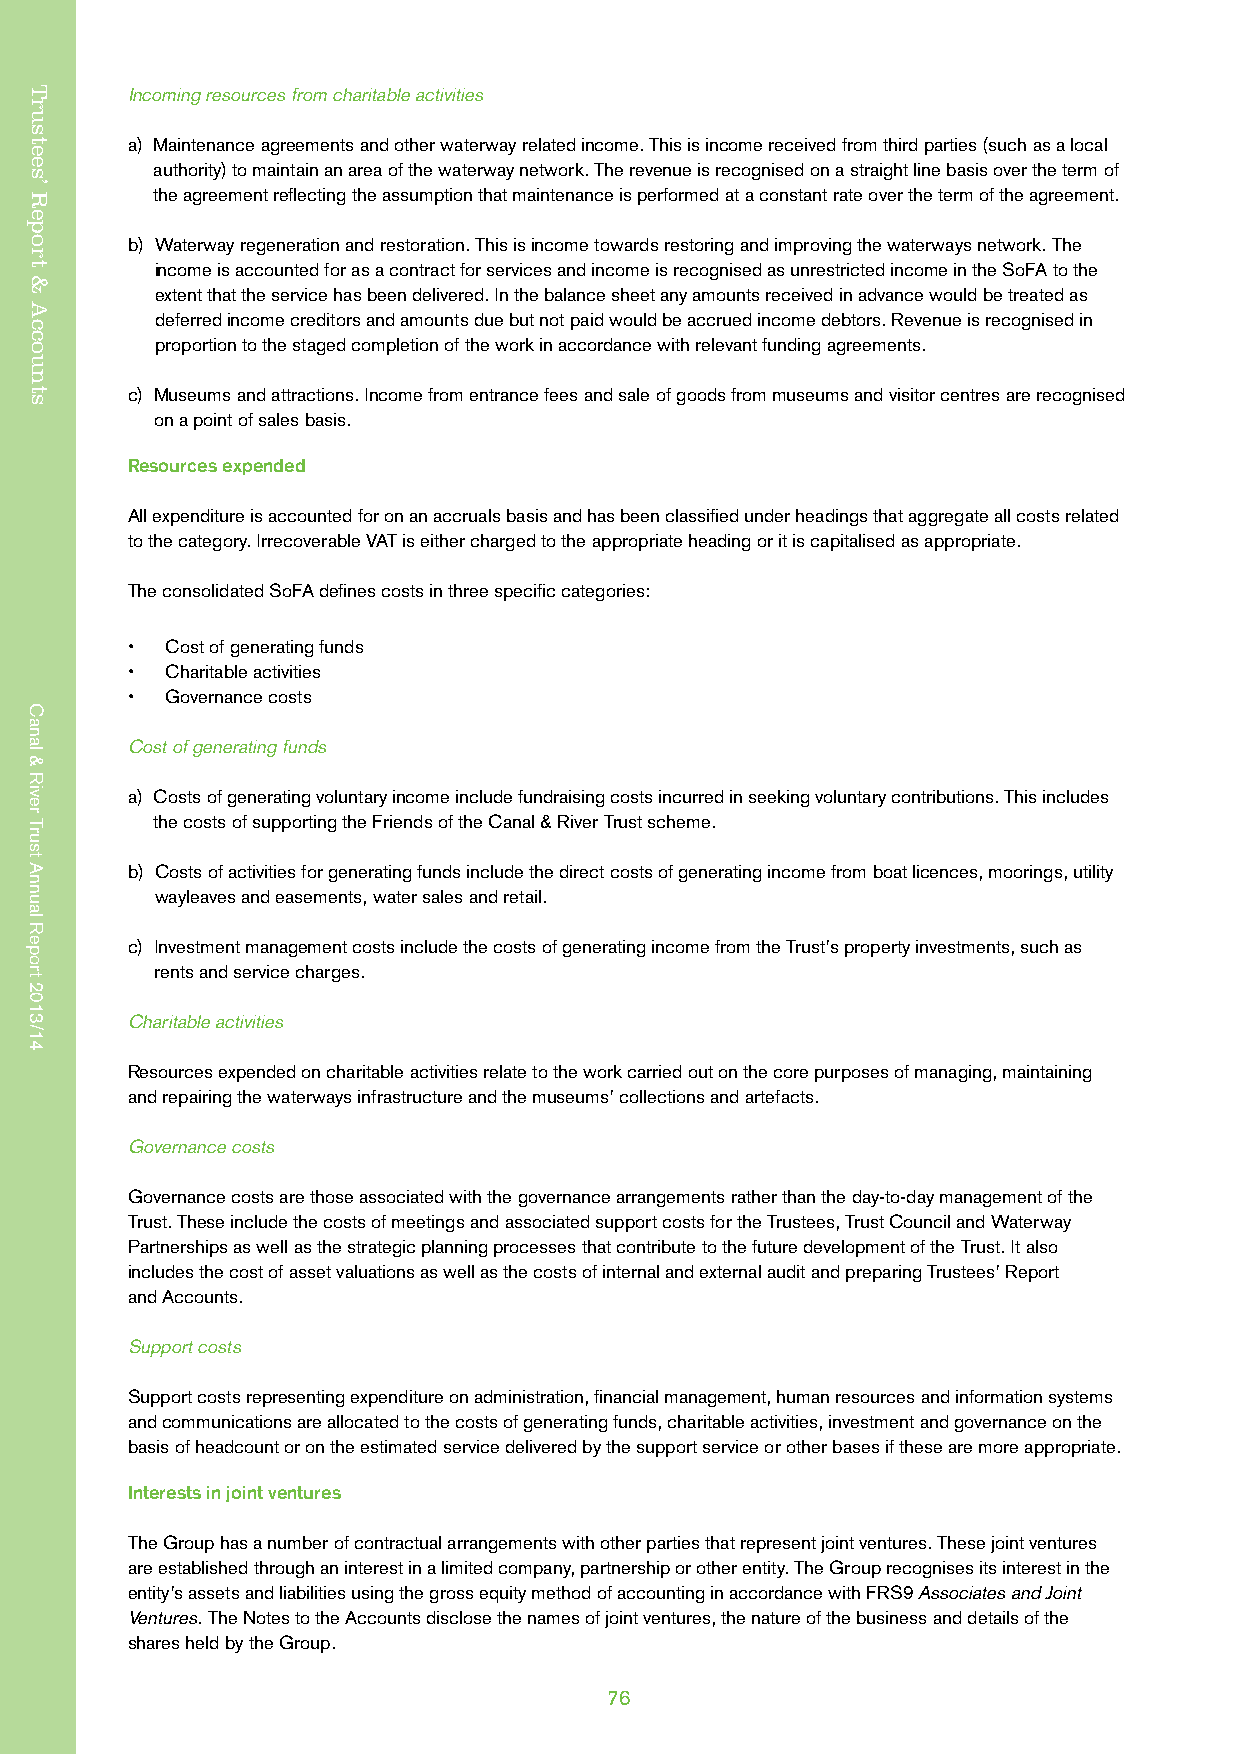
Trustees’ Report & Accounts
 Incoming resources from charitable activities
 a) Maintenance agreements and other waterway related income. This is income received from third parties (such as a local
 authority) to maintain an area of the waterway network. The revenue is recognised on a straight line basis over the term of
 the agreement reflecting the assumption that maintenance is performed at a constant rate over the term of the agreement.
 b) Waterway regeneration and restoration. This is income towards restoring and improving the waterways network. The
 income is accounted for as a contract for services and income is recognised as unrestricted income in the SoFA to the
 extent that the service has been delivered. In the balance sheet any amounts received in advance would be treated as
 deferred income creditors and amounts due but not paid would be accrued income debtors. Revenue is recognised in
 proportion to the staged completion of the work in accordance with relevant funding agreements.
 c) Museums and attractions. Income from entrance fees and sale of goods from museums and visitor centres are recognised
 on a point of sales basis.
 Resources expended
 All expenditure is accounted for on an accruals basis and has been classified under headings that aggregate all costs related
 to the category. Irrecoverable VAT is either charged to the appropriate heading or it is capitalised as appropriate.
 The consolidated SoFA defines costs in three specific categories:
 •  Cost of generating funds
 •  Charitable activities
 •  Governance costs
 Cost of generating funds
 a) Costs of generating voluntary income include fundraising costs incurred in seeking voluntary contributions. This includes
 the costs of supporting the Friends of the Canal & River Trust scheme.
 b) Costs of activities for generating funds include the direct costs of generating income from boat licences, moorings, utility
 wayleaves and easements, water sales and retail.
 c) Investment management costs include the costs of generating income from the Trust’s property investments, such as
 rents and service charges.
 Charitable activities
 Resources expended on charitable activities relate to the work carried out on the core purposes of managing, maintaining
 and repairing the waterways infrastructure and the museums’ collections and artefacts.
 Governance costs
 Governance costs are those associated with the governance arrangements rather than the day-to-day management of the
 Trust. These include the costs of meetings and associated support costs for the Trustees, Trust Council and Waterway
 Partnerships as well as the strategic planning processes that contribute to the future development of the Trust. It also
 includes the cost of asset valuations as well as the costs of internal and external audit and preparing Trustees’ Report
 and Accounts.
 Support costs
 Support costs representing expenditure on administration, financial management, human resources and information systems
 and communications are allocated to the costs of generating funds, charitable activities, investment and governance on the
 basis of headcount or on the estimated service delivered by the support service or other bases if these are more appropriate.
 Interests in joint ventures
 The Group has a number of contractual arrangements with other parties that represent joint ventures. These joint ventures
 are established through an interest in a limited company, partnership or other entity. The Group recognises its interest in the
 entity’s assets and liabilities using the gross equity method of accounting in accordance with FRS9 Associates and Joint
 Ventures. The Notes to the Accounts disclose the names of joint ventures, the nature of the business and details of the
 shares held by the Group.
 76
 Trustees’
 Report
 &
 Accounts
 Canal
 &
 River
 Trust
 Annual
 Report
 2013/14
 Canal
 &
 River
 Trust
 Annual
 Report
 2013/14